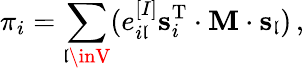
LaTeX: \pi_{i}=\sum_{\mathfrak{l}\inV}(e_{i\mathfrak{l}}^{[I]}\mathbf{{s}}_{i}^{\mathrm{{T}}}\cdot\mathbf{{M}}\cdot\mathbf{{s}}_{\mathfrak{l}})\, ,